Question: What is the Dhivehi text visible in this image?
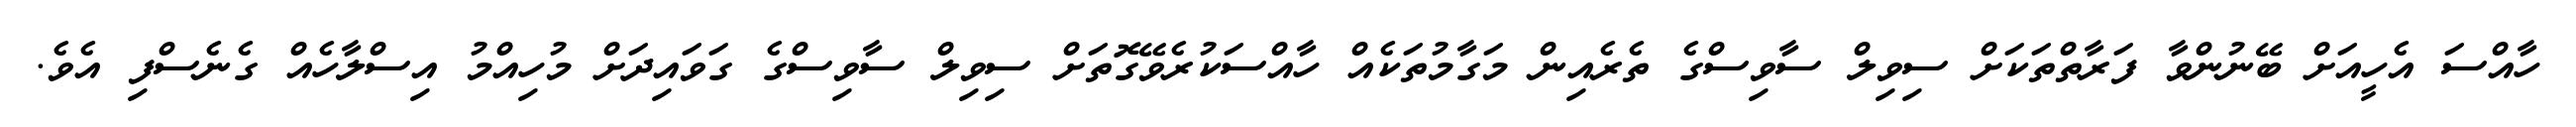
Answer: ހާއްސަ އެހީއަށް ބޭނުންވާ ފަރާތްތަކަށް ސިވިލް ސާވިސްގެ ތެރެއިން މަގާމުތަކެއް ހާއްސަކުރެވޭގޮތަށް ސިވިލް ސާވިސްގެ ގަވައިދަށް މުހިއްމު އިސްލާހެއް ގެނެސްފި އެވެ.